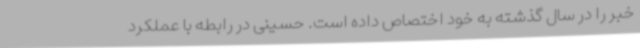
خبر را در سال گذشته به خود اختصاص داده است. حسینی در رابطه با عملکرد